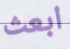
ابعث